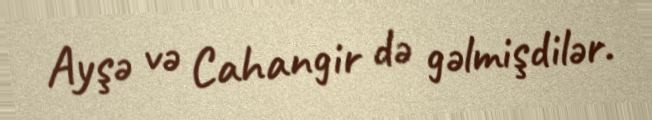
Ayşə və Cahangir də gəlmişdilər.